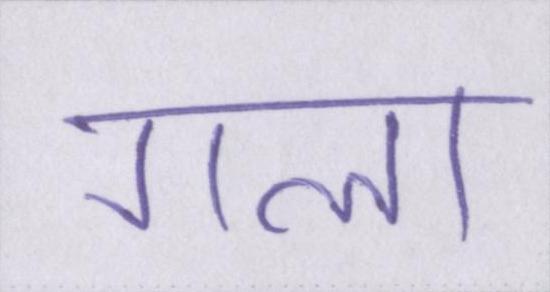
गला